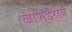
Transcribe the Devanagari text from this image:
खाण्डेराव